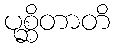
ပုစ္ဆိတာတိ